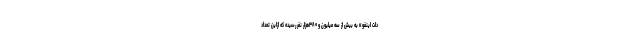
دات اینفو» به بیش از سه میلیون و ۳۸۰هزار نفر رسیده که ازاین تعداد